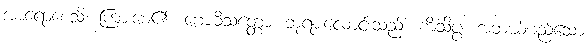
အာရောစေသိ၊ ကြားစေ၏။ ဗောဓိသတ္တော၊ ဘုရားလောင်းသည်။ ကိံသိပ္ပံ၊ အဘယ်မည်သော